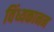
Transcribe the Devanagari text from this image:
विंध्यकानन